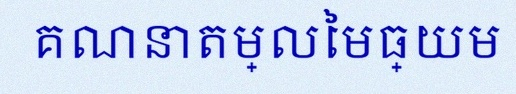
គណនាតម្លៃមធ្យម